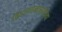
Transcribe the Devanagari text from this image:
विमानतळासाठीचा